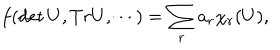
f ( \det U , T r U , \cdots ) = \sum _ { r } a _ { r } \chi _ { r } ( U ) ,